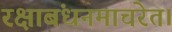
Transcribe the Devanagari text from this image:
रक्षाबंधनमाचरेत।